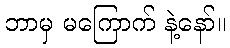
ဘာမှ မကြောက် နဲ့နော်။